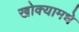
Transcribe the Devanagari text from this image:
खोक्यामधे